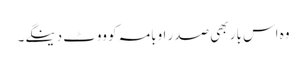
وہ اس بار بھی صدر اوبامہ کو ووٹ دینگے۔